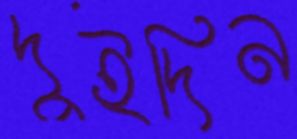
দুইদিন